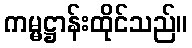
ကမ္မဋ္ဌာန်းထိုင်သည်။